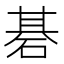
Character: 碁